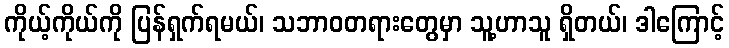
ကိုယ့်ကိုယ်ကို ပြန်ရှက်ရမယ်၊ သဘာဝတရားတွေမှာ သူ့ဟာသူ ရှိတယ်၊ ဒါကြောင့်